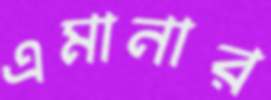
এমানার